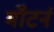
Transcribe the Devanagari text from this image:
मॉटर्न